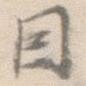
因